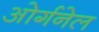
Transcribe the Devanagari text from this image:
ओर्गनेल